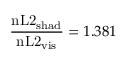
\frac { \mathrm { n L 2 } _ { \mathrm { s h a d } } } { \mathrm { n L 2 } _ { \mathrm { v i s } } } = 1 . 3 8 1